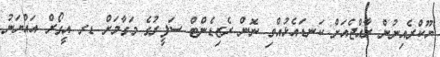
ޔޫކްރެއިނުން ރާއްޖެއަށް ކަނޑައެޅުއްވި ނޮން ރެޒިޑެންޓް ސަފީރުގެ މަގާމަށް ޑރ އީގޯރް އައްޔަނު